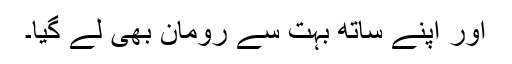
اور اپنے ساتھ بہت سے رومان بھی لے گیا۔